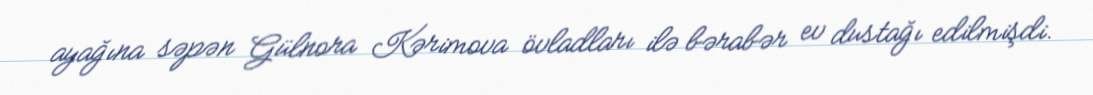
ayağına səpən Gülnora Kərimova övladları ilə bərabər ev dustağı edilmişdi.